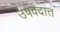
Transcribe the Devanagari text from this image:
उषवदात्त